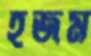
হজম